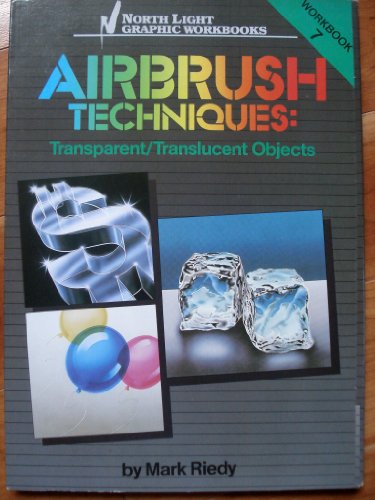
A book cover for Airbrush Techniques, Workbook 7: Transparent/Translucent Objects; Mark Riedy; Arts & Photography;